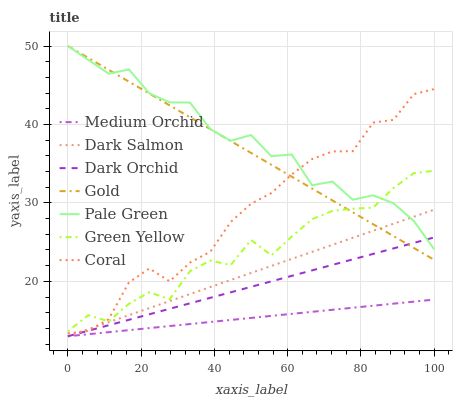
| xaxis_label | Medium Orchid | Dark Salmon | Dark Orchid | Gold | Pale Green | Green Yellow | Coral |
 | --- | --- | --- | --- | --- | --- | --- | --- |
 | 0 | 13 | 13 | 13 | 50 | 50 | 13.6 | 13.4 |
 | 5.56 | 13.3 | 13.9 | 13.7 | 48.5 | 48.2 | 15.7 | 13.7 |
 | 11.1 | 13.5 | 14.8 | 14.4 | 47 | 46.5 | 14.9 | 15.2 |
 | 16.7 | 13.8 | 15.7 | 15.1 | 45.5 | 47 | 17.1 | 19.9 |
 | 22.2 | 14 | 16.6 | 15.8 | 43.9 | 44 | 18.6 | 21.6 |
 | 27.8 | 14.3 | 17.5 | 16.5 | 42.4 | 42.8 | 17.7 | 20 |
 | 33.3 | 14.6 | 18.4 | 17.2 | 40.9 | 42.8 | 21.3 | 22.4 |
 | 38.9 | 14.8 | 19.3 | 17.9 | 39.4 | 39.4 | 22.6 | 23.8 |
 | 44.4 | 15.1 | 20.2 | 18.6 | 37.9 | 37.9 | 22.1 | 27.6 |
 | 50 | 15.3 | 21.1 | 19.3 | 36.4 | 38.7 | 25.3 | 29.9 |
 | 55.6 | 15.6 | 22 | 20 | 34.9 | 36 | 23.3 | 31.3 |
 | 61.1 | 15.9 | 22.9 | 20.7 | 33.3 | 36.2 | 25.7 | 33.6 |
 | 66.7 | 16.1 | 23.8 | 21.4 | 31.8 | 32.2 | 27.9 | 35.6 |
 | 72.2 | 16.4 | 24.7 | 22.1 | 30.3 | 32.7 | 29 | 36.6 |
 | 77.8 | 16.6 | 25.5 | 22.8 | 28.8 | 30.4 | 29.3 | 36.6 |
 | 83.3 | 16.9 | 26.4 | 23.5 | 27.3 | 31 | 29.4 | 40.2 |
 | 88.9 | 17.2 | 27.3 | 24.2 | 25.8 | 30 | 31.9 | 40.6 |
 | 94.4 | 17.4 | 28.2 | 24.9 | 24.3 | 27.7 | 33.8 | 43.9 |
 | 100 | 17.7 | 29.1 | 25.6 | 22.7 | 24.1 | 34.1 | 44.5 |